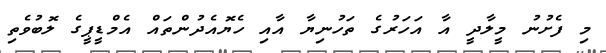
މި ފެށުނު މީލާދީ އާ އަހަރުގެ ތަހުނިޔާ އާއި ހެޔޮއެދުންތައް އެމްޑީޕީގެ ލޮބުވެތި